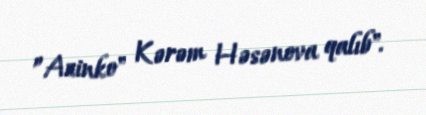
”Azinko" Kərəm Həsənova qalıb".